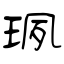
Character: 珟